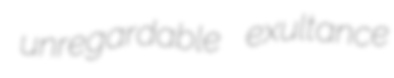
unregardable exultance